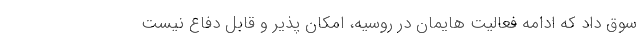
سوق داد که ادامه فعالیت هایمان در روسیه، امکان پذیر و قابل دفاع نیست